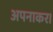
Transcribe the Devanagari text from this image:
अपनाकर।